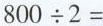
$$8 0 0 \div 2 =$$